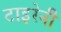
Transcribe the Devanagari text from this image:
टाइरेनी